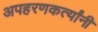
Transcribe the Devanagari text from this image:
अपहरणकर्त्यांनी